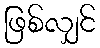
ဖြစ်လျှင်